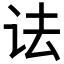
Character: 𫍜